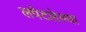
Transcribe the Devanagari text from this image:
लपेटलेल्या